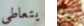
يتعاطى بها